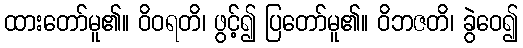
ထားတော်မူ၏။ ဝိဝရတိ၊ ဖွင့်၍ ပြတော်မူ၏။ ဝိဘဇတိ၊ ခွဲဝေ၍